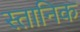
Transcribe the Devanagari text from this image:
स्तानिक